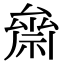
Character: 𥚪